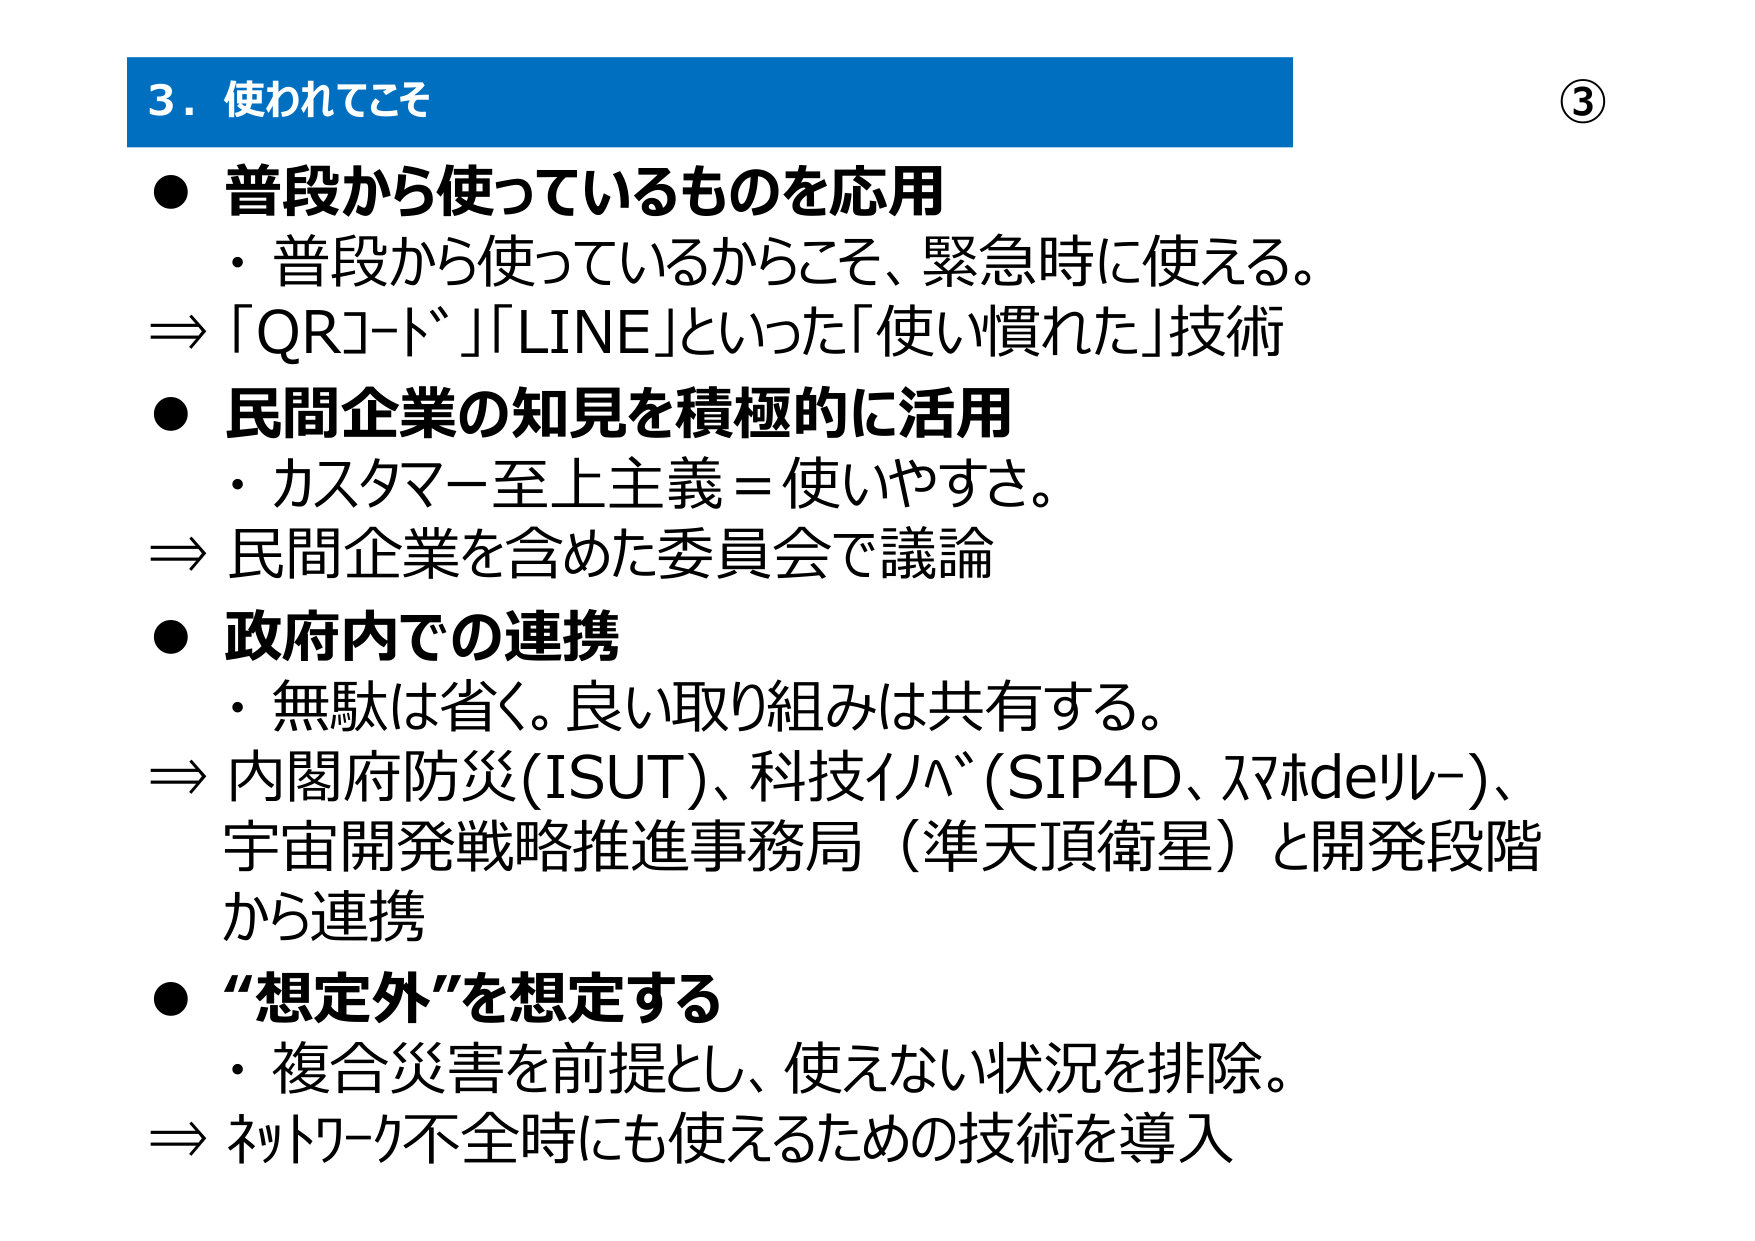
3. 使われてこそ

● 普段から使っているものを応用
・普段から使っているからこそ、緊急時に使える。
⇒「QRコード」「LINE」といった「使い慣れた」技術

● 民間企業の知見を積極的に活用
・カスタマー至上主義＝使いやすさ。
⇒民間企業を含めた委員会で議論

● 政府内での連携
・無駄は省く。良い取り組みは共有する。
⇒内閣府防災(ISUT)、科技イノベ(SIP4D、スマdeリレー)、
宇宙開発戦略推進事務局（準天頂衛星）と開発段階
から連携

● “想定外”を想定する
・複合災害を前提とし、使えない状況を排除。
⇒ネットワーク不全時にも使えるための技術を導入

③